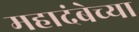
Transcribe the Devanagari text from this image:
महादंबेच्या